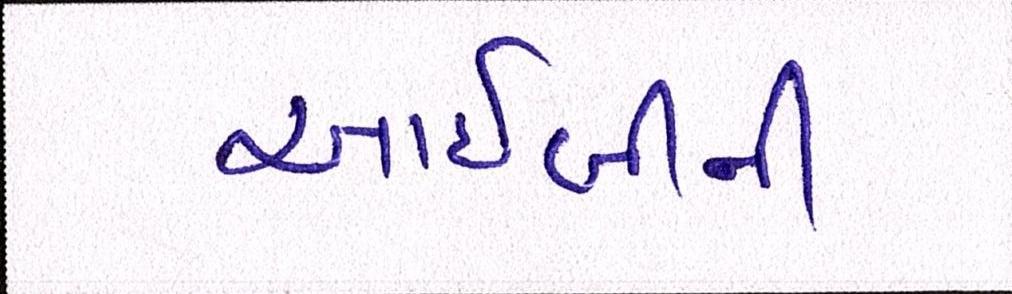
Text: આઈબીની